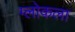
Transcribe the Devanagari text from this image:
ग्लोकला